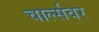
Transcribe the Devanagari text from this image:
चार्ल्सवर